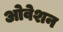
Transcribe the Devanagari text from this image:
ओवेशन